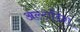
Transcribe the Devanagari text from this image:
अल्टाडिश